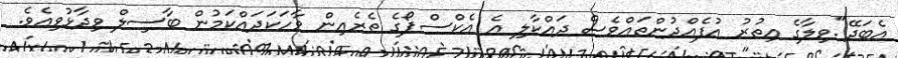
އެބަދޭ".ވިލާގެ އިތުރު އުފެއްދުންތައްވެސް ދައްކާލި އެ އެކްސްޕޯގެ ތެރެއިން ވާހަކަދައްކަމުން ބާސިލް ވިދާޅުވިއެވެ.